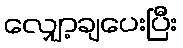
လျှော့ချပေးပြီး